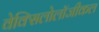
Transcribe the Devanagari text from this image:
वेक्सिलोलॉजीकल